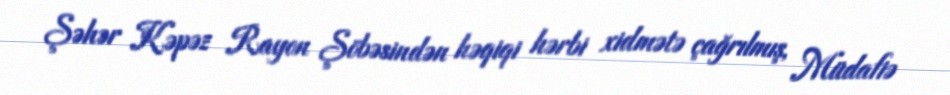
Şəhər Kəpəz Rayon Şöbəsindən həqiqi hərbi xidmətə çağrılmış, Müdafiə